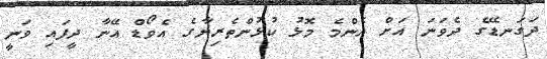
ދަގަނޑޭގެ ދެވަނަ އަށް އެންމެ މޮޅު ކުޅުންތެރިޔާގެ އެވޯޑް އޭނާ ދީފައި ވަނީ